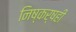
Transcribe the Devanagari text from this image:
निष्कर्षही